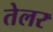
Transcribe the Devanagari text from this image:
तेलर